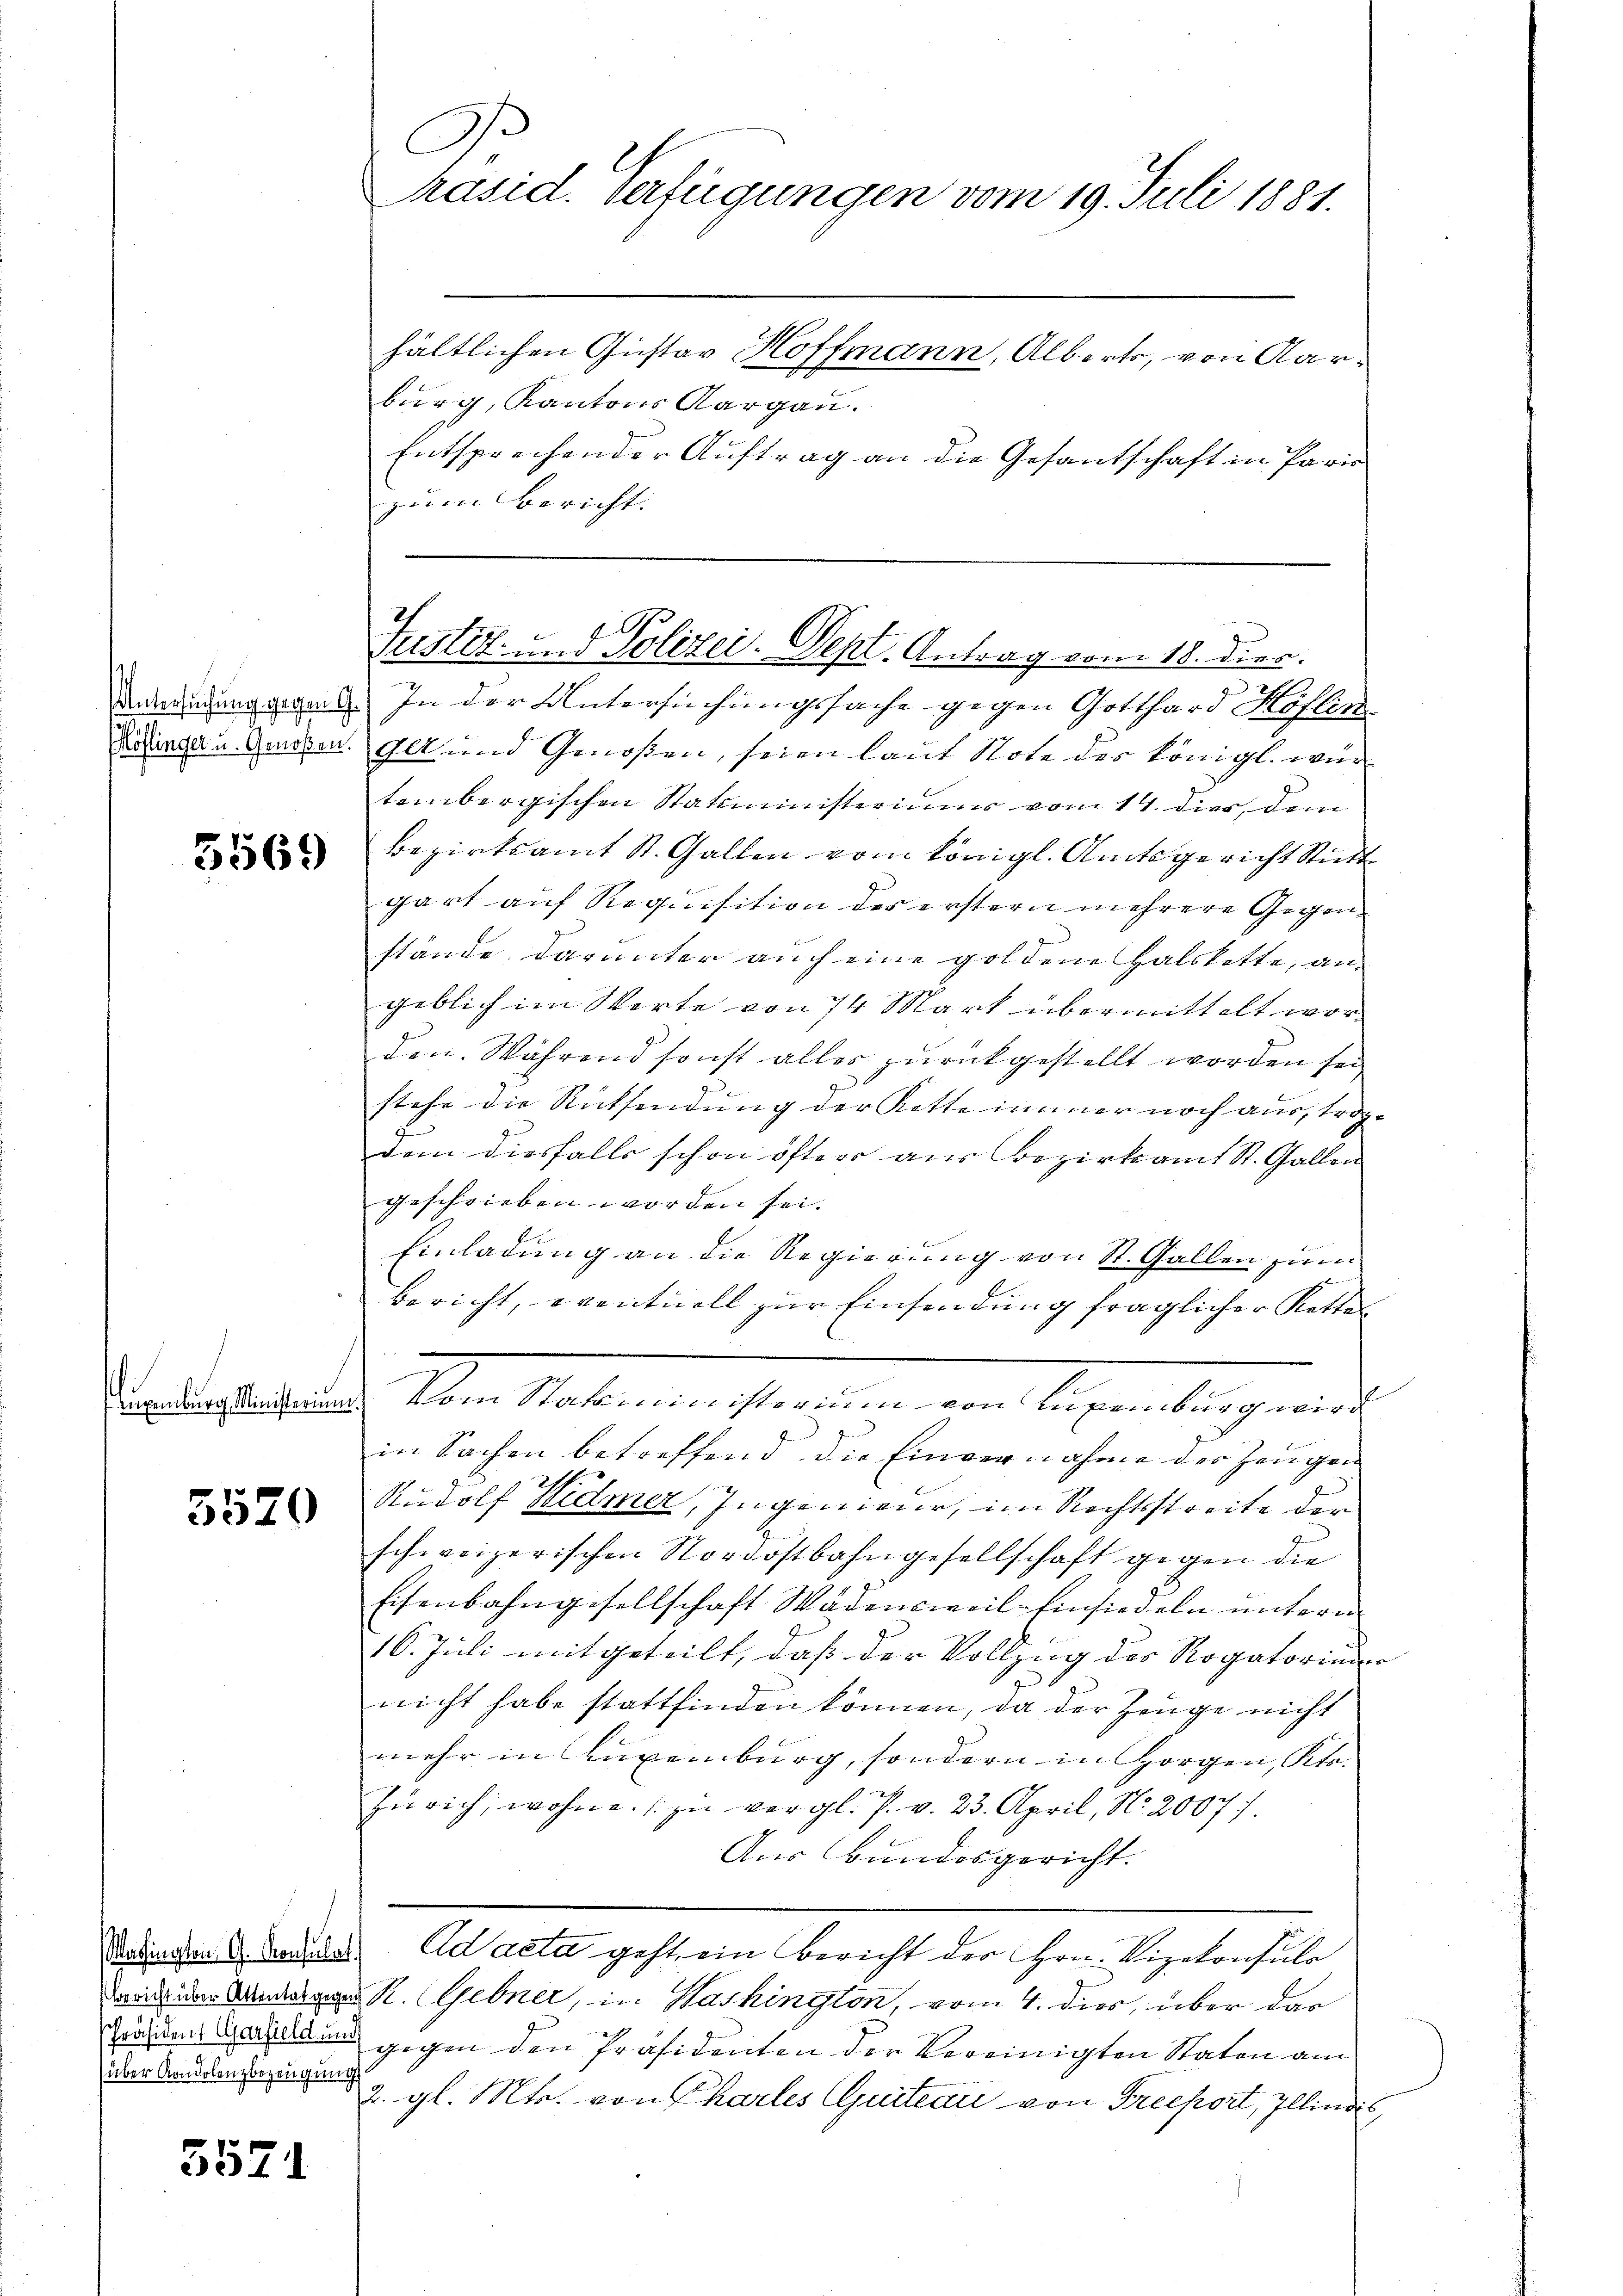
5569

5520

(über Kondolenzbezeugung

5571

burg, Kantons Aargau.
Entsprechender Auftrag an die Gesantschaft in Paris
zum Bericht.

C
Präsid. Verfügungen vom 19. Juli 1881.
hältlichen Gustar Hoffmann, Albert, von Aar¬

Justiz- und Polizei. Sept. Antrag vom 18. dies.

Anwendung gegen. In der Untersuchungssache gegen Gotthard Köflin¬
Betrachten Genoon. Glt und Genoßen, seien laut Note des Königl. würtembergischen Statisterium vom 14. dies, dem
Bezirksamt St. Gallen vom Königl. Amtsgericht Stickt
gart auf Requisition der erstern mehrere Gegenstände, darunter auch eine goldene Halskette, an-
geblich im Werte von 14 Mart übermittelt worden. Während sonst alles zurückgestellt worden sei
stehe die Rücksendung der Kette immer noch aus, trop-
dem diesfalls schon öfter aus Bezirksamt St. Gallen
geschrieben worden sei.
Einladung an die Regierung von St. Gallen zum
bericht, eventuell zur Einsendung fraglicher Kettel
ordersendung der Mater ein streiten von Segenburg eine
in Sachen betreffend die Einvernahme der Zeugen |
Rudolf Widmer, Ingenieur, im Rechtsstreite der
schweizerischen Nordostbahngesellschaft gegen die
Eisenbahngesellschaft Wädensweil Einsiedeln untern
16. Juli mitgeteilt, daß der Vollzug der Rogatorium
nicht habe stattfinden können, da der Zeuge nicht
mehr in Luxenburg, sondern in Horgen, Kts.
Zürich, wohne. s. zu vergl. P. v. 23. April, No. 2007).
Aus Bundesgericht.
Redingten d. Batta. Ad acta geht, ein Bericht der Hrn. Vizekonsuls
darin der Andern R. (Gebner, in Washington, vom 4. dies, über das
räzen Gestand gegen den Präsidenten der Vereinigten Staten am
2. gl. Mts. von Charles Quiteau von Freeport, Illindis,